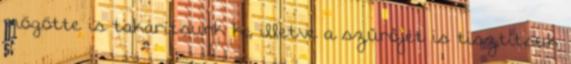
mögötte is takarítsunk ki, illetve a szűrőjét is tisztítsuk